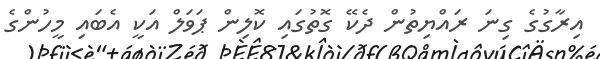
އިރާގުގެ ގިނަ ރައްޔިތުން ދެކޭ ގޮތުގައި ކޮލިން ޕަވަލް އަކީ އެބައި މީހުންގެ